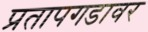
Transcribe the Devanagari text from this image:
प्रतापगडावर